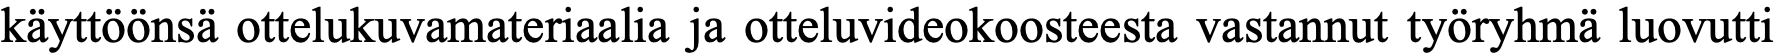
käyttöönsä ottelukuvamateriaalia ja otteluvideokoosteesta vastannut työryhmä luovutti